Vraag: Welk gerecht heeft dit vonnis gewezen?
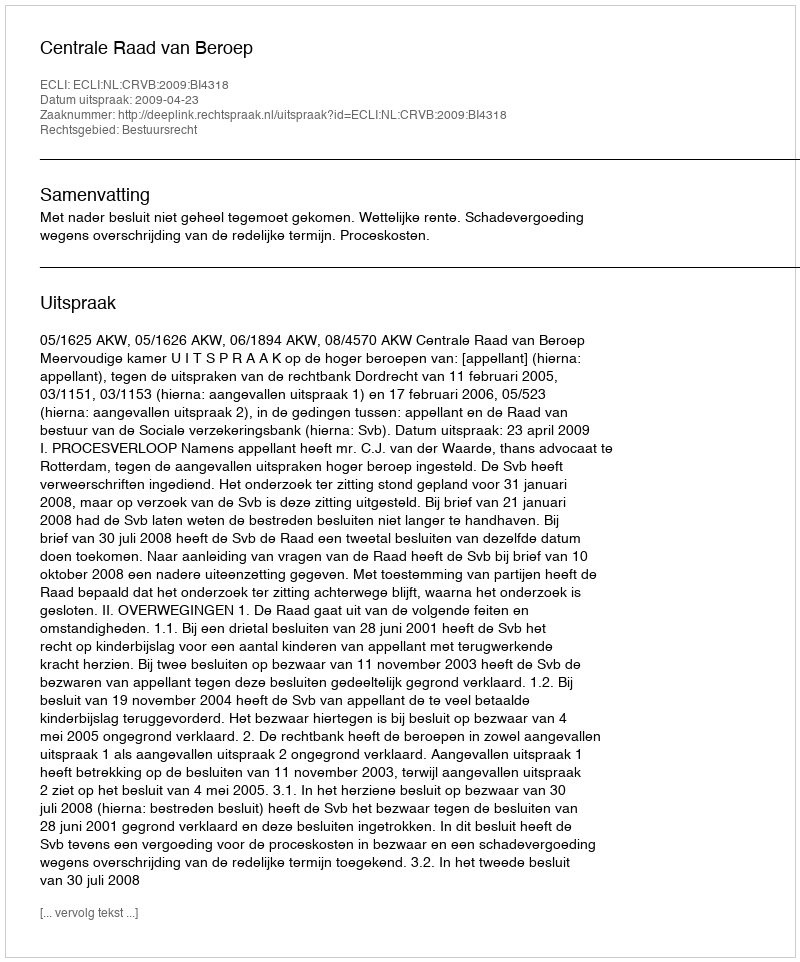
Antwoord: Centrale Raad van Beroep